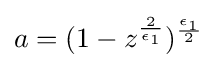
a=(1-z^{\frac {2}{\epsilon _{1}}})^{\frac {\epsilon _{1}}{2}}